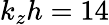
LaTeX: k_{z}h=14